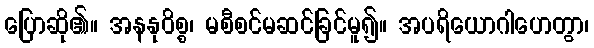
ပြောဆို၏။ အနနုဝိစ္စ၊ မစီစင်မဆင်ခြင်မူ၍။ အပရိယောဂါဟေတွာ၊